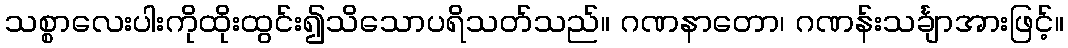
သစ္စာလေးပါးကိုထိုးထွင်း၍သိသောပရိသတ်သည်။ ဂဏနာတော၊ ဂဏန်းသင်္ချာအားဖြင့်။